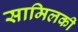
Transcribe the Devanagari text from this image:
सामिलकी